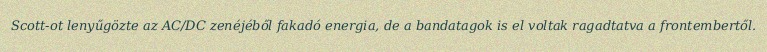
Scott-ot lenyűgözte az AC/DC zenéjéből fakadó energia, de a bandatagok is el voltak ragadtatva a frontembertől.